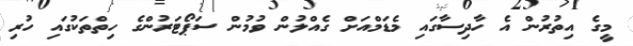
މީގެ އިތުރުން އެ ހާދިސާގައި މެޑަމްއަށް ގެއްލުން ވުމުން ސަޕޯޓަރުންގެ ހިތްތަކުގައި ހުރި